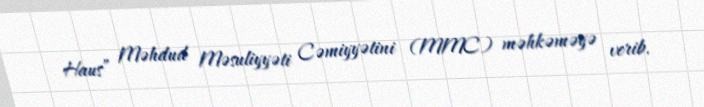
Haus” Məhdud Məsuliyyəti Cəmiyyətini (MMC) məhkəməyə verib.